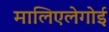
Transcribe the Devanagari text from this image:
मालिएलेगोई